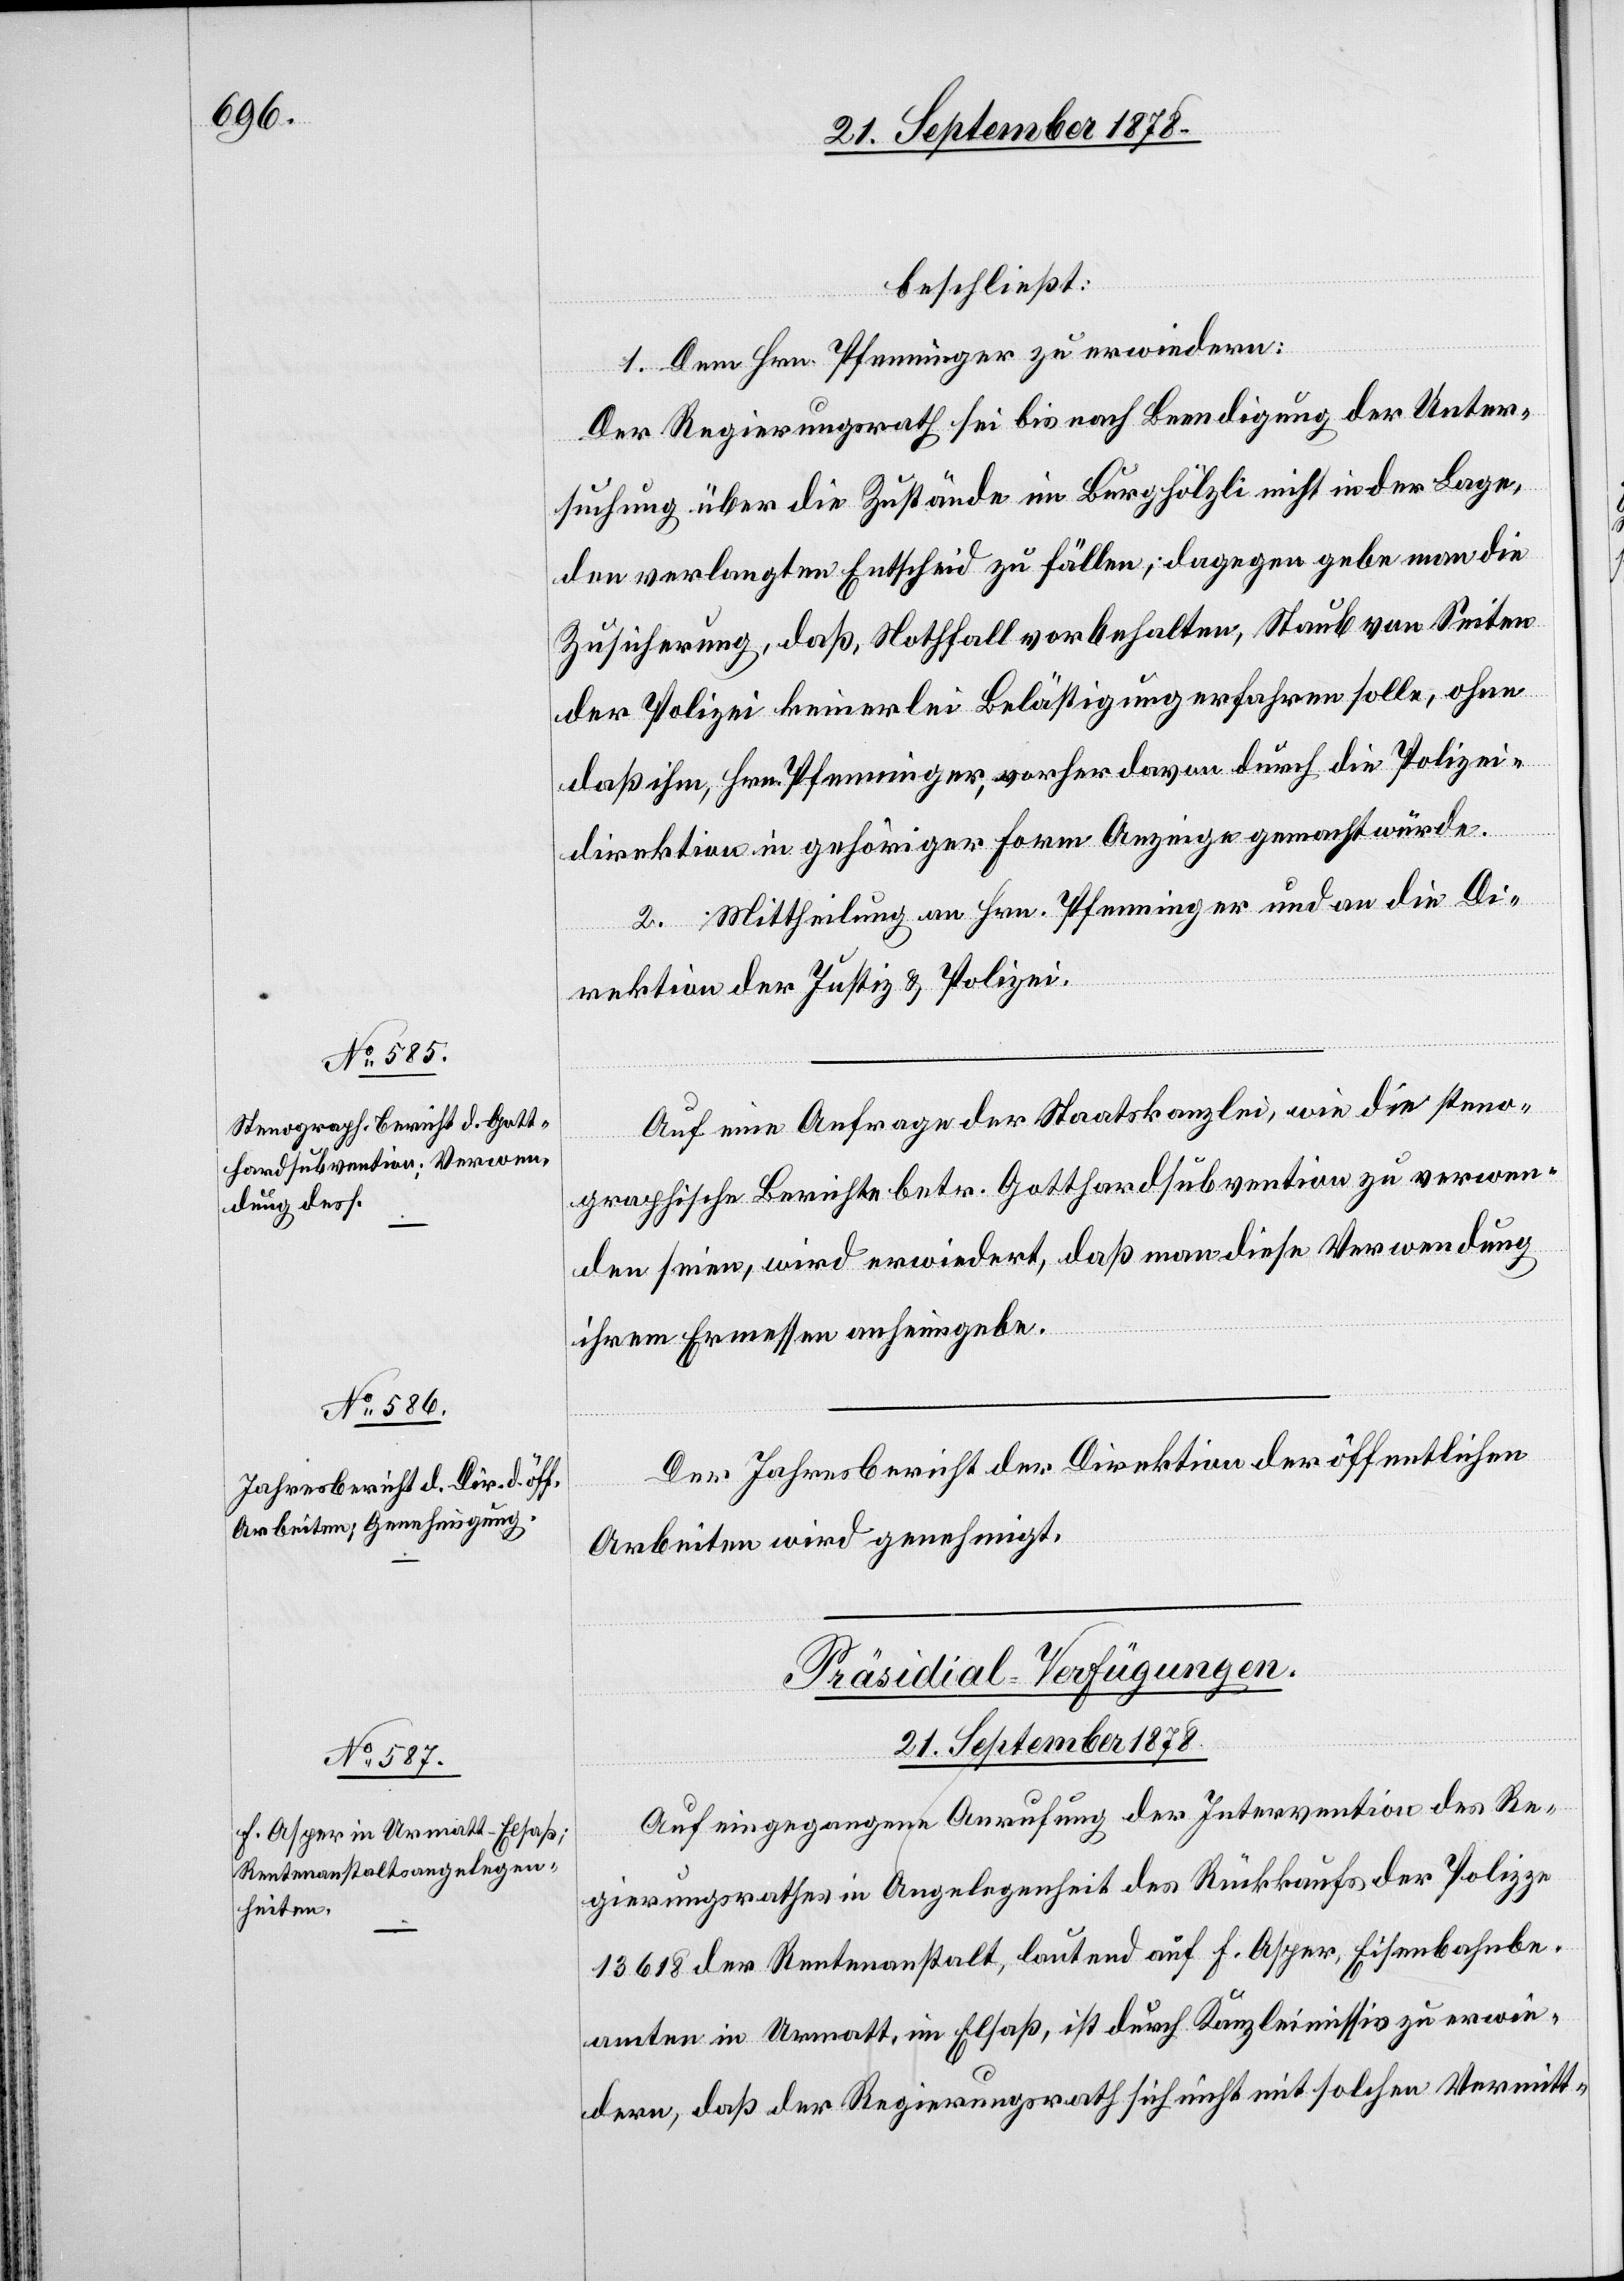
beschließt:
1. Dem Hrn. Pfenninger zu erwiedern:
Der Regierungsrath sei bis nach Beendigung der Unter¬
suchung über Zustände im Burghölzli nicht in der Lage,
den verlangten Entscheid zu fällen; dagegen gebe man die
Zusicherung, daß Nothfall vorbehalten, Staub von Seiten
der Polizei keinerlei Belästigung erfahren solle, ohne
daß ihm, Hrn. Pfenninger, vorher davon durch die Polizei¬
direktion in gehöriger Form Anzeige gemacht würde.
2. Mittheilung an Hrn. Pfenninger und an die Di¬
rektion der Justiz & Polizei.
Auf eine Anfrage der Staatskanzlei, wie die steno¬
graphische[n] Berichte betr. Gotthardsubvention zu verwen¬
den seien, wird erwiedert, daß man diese Verwendung
ihrem Ermessen anheimgebe.
Der Jahresbericht der Direktion der öffentlichen
Arbeiten wird genehmigt.
Präsidial-Verfügungen.
21. September 1878.
Auf eingegangene Anrufung der Intervention des Re¬
gierungsrathes in Angelegenheit des Rückkaufs der Polizze
13618 der Rentenanstalt, lautend auf F. Asper, Eisenbahnbe¬
amten in Urmatt, im Elsaß, ist durch Kanzleimissiv zu erwie¬
dern, daß der Regierungsrath sich nicht mit solchen Vermitt-